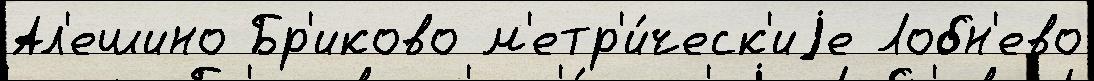
Ал'ешино Бр'иково м'етр'и́ческ'иjе Лобн'ево